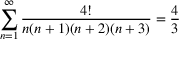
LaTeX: \sum _ { n = 1 } ^ { \infty } { \frac { 4 ! } { n ( n + 1 ) ( n + 2 ) ( n + 3 ) } } = { \frac { 4 } { 3 } }